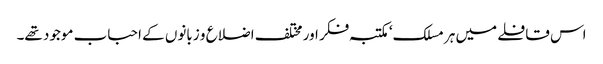
اس قافلے میں ہر مسلک‘ مکتبہ فکر اور مختلف اضلاع و زبانوں کے احباب موجود تھے۔